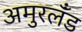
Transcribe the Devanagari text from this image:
अमुरलँंड